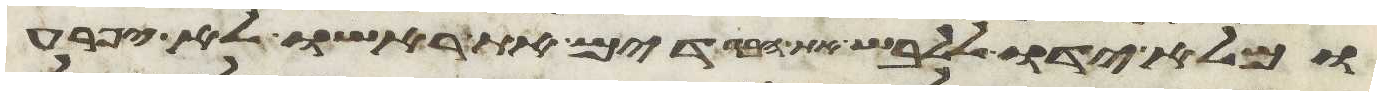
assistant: ומלא ידו ללבש את הבגדים את ראשו לא יפרע